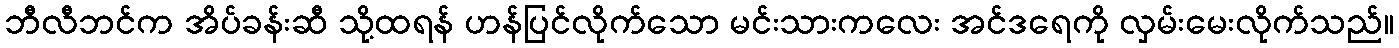
ဘီလီဘင်က အိပ်ခန်းဆီ သို့ထရန် ဟန်ပြင်လိုက်သော မင်းသားကလေး အင်ဒရေကို လှမ်းမေးလိုက်သည်။